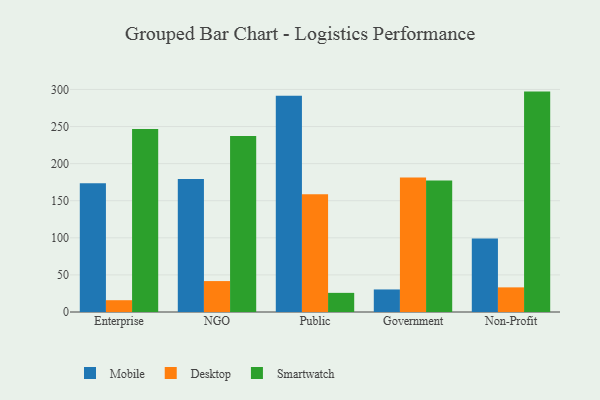
{"axis": {"x": "Segment", "y": "Active Users"}, "legend": ["Desktop", "Mobile", "Smartwatch"], "data": [{"x": "Enterprise", "y": 173.4, "type": "Mobile"}, {"x": "Enterprise", "y": 15.9, "type": "Desktop"}, {"x": "Enterprise", "y": 246.8, "type": "Smartwatch"}, {"x": "NGO", "y": 179.4, "type": "Mobile"}, {"x": "NGO", "y": 41.7, "type": "Desktop"}, {"x": "NGO", "y": 237.1, "type": "Smartwatch"}, {"x": "Public", "y": 291.5, "type": "Mobile"}, {"x": "Public", "y": 158.6, "type": "Desktop"}, {"x": "Public", "y": 25.8, "type": "Smartwatch"}, {"x": "Government", "y": 30.4, "type": "Mobile"}, {"x": "Government", "y": 181.2, "type": "Desktop"}, {"x": "Government", "y": 177.4, "type": "Smartwatch"}, {"x": "Non-Profit", "y": 99.1, "type": "Mobile"}, {"x": "Non-Profit", "y": 33.2, "type": "Desktop"}, {"x": "Non-Profit", "y": 297.1, "type": "Smartwatch"}]}